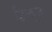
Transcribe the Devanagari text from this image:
हिन्दूज